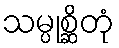
သမ္ပုစ္ဆိတုံ